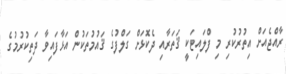
ރާއްޖެއަށް އިތުރުކުރި މި ފްލައިޓަކީ ޤަތަރާއި ދެކޮޅަށް ގަލްފުގެ ޤައުމުތަކުން އަޅާފައިވާ ދަތިކުރުމުގެ